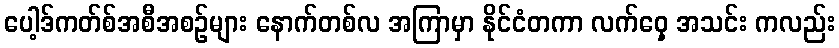
ပေါ့ဒ်ကတ်စ်အစီအစဉ်များ နောက်တစ်လ အကြာမှာ နိုင်ငံတကာ လက်ဝှေ့ အသင်း ကလည်း